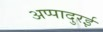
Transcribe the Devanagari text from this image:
अप्पादुरई